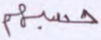
حسبهم